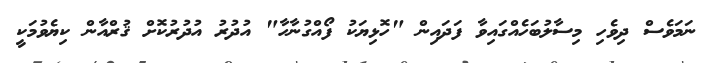
ނަމަވެސް ދިވެހި މިސާލުބަހެއްގައިވާ ފަދައިން "ހޮޅިޔަކު ފޯއްގުނާހާ" އުދުރު އުދުރުކޮށް ޤުރްއާން ކިޔެވުމަކީ